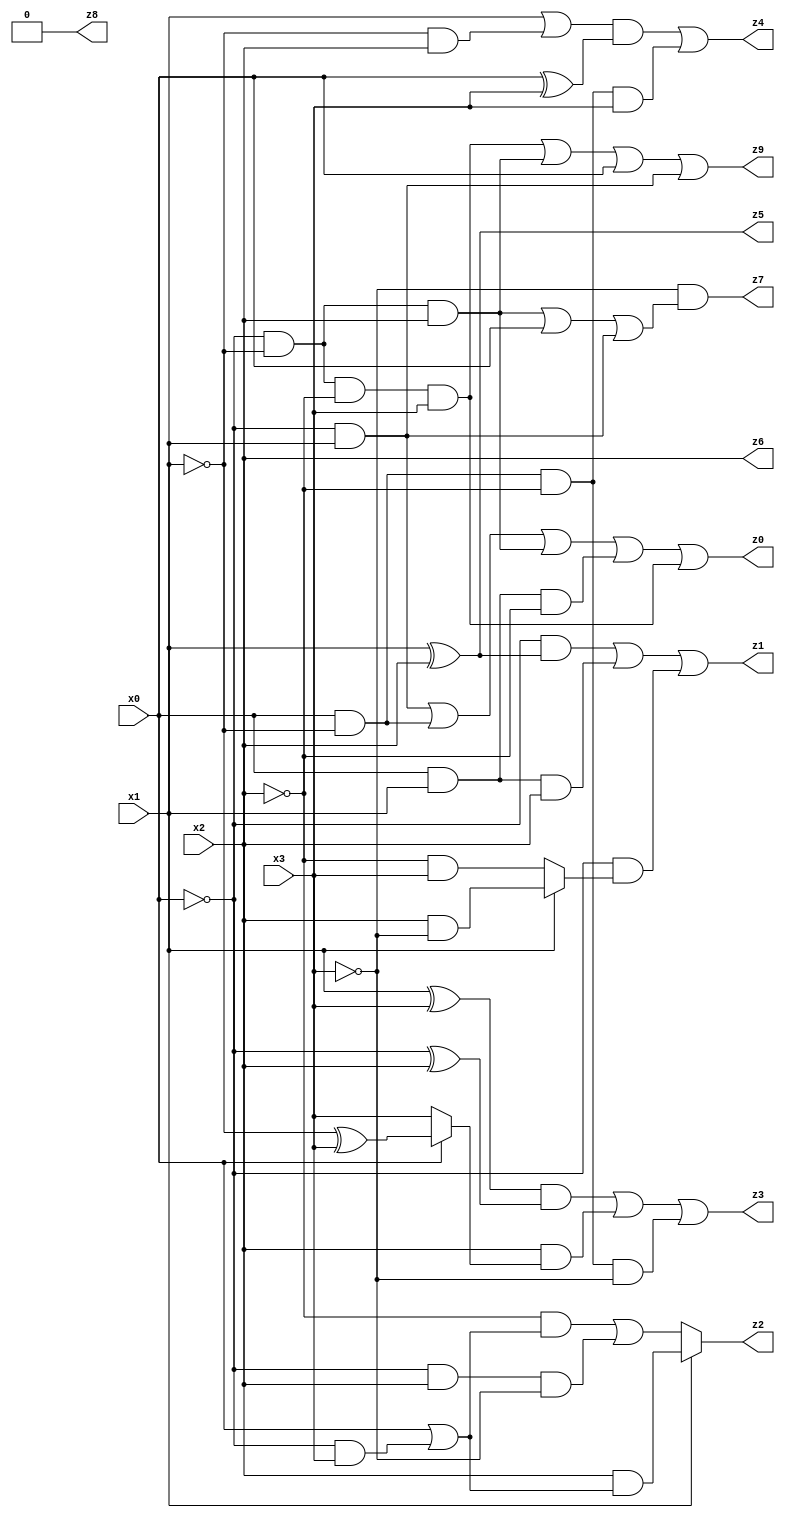
// Benchmark "X_67" written by ABC on Mon Jun 05 19:55:53 2023

module X_67 ( 
    x0, x1, x2, x3,
    z0, z1, z2, z3, z4, z5, z6, z7, z8, z9  );
  input  x0, x1, x2, x3;
  output z0, z1, z2, z3, z4, z5, z6, z7, z8, z9;
  assign z0 = (~x0 & x1) | (x0 & ~x1) | (~x0 & ~x1 & x2) | (x0 & x1 & ~x2) | (~x0 & ~x1 & ~x2 & x3);
  assign z1 = (~x0 & (x1 ^ x2)) | (x0 & x1 & x2) | (~x0 & (x1 ? (x2 & ~x3) : (~x2 & x3)));
  assign z2 = x1 ? (x2 & (x0 | (~x0 & x3))) : ((~x2 & (x0 | (~x0 & x3))) | (~x0 & x2 & ~x3));
  assign z3 = ((x1 ^ x3) & (~x0 ^ x2)) | (x2 & (x0 ? (~x1 ^ x3) : x3)) | (x0 & ~x1 & ~x2 & ~x3);
  assign z4 = ((x1 | (~x1 & x2)) & (x0 ^ x3)) | (x0 & ~x1 & ~x2 & x3);
  assign z5 = x1 ^ x2;
  assign z6 = x2;
  assign z7 = ~x3 & ((~x0 & ~x1 & x2) | x0 | (~x0 & x1));
  assign z8 = 1'b0;
  assign z9 = (~x0 & ~x1 & ~x2 & x3) | (~x0 & ~x1 & x2) | x0 | (~x0 & x1);
endmodule